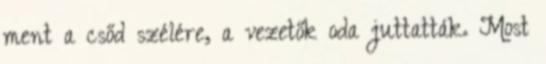
ment a csőd szélére, a vezetők oda juttatták. Most